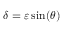
\delta = \varepsilon \sin ( \theta )